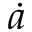
\dot { a }